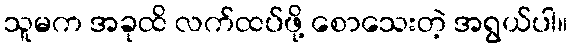
သူမက အခုထိ လက်ထပ်ဖို့ စောသေးတဲ့ အရွယ်ပါ။